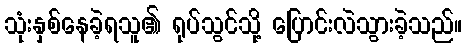
သုံးနှစ်နေခဲ့ရသူ၏ ရုပ်သွင်သို့ ပြောင်းလဲသွားခဲ့သည်။